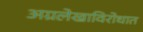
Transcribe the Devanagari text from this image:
अग्रलेखाविरोधात